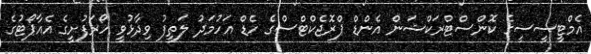
އެމްޓީސީސީގެ ކޮންސްޓްރަކްޝަން އެންޑް ޕްރޮޖެކްޓްސްގެ ހެޑް އަހުމަދު ލަތީފު ވިދާޅުވީ ހޯރަފުށީގެ އެއާޕޯޓުގެ